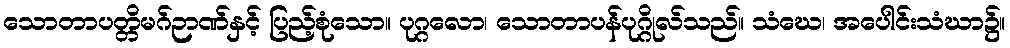
သောတာပတ္တိမဂ်ဉာဏ်နှင့် ပြည့်စုံသော။ ပုဂ္ဂလော၊ သောတာပန်ပုဂ္ဂိုလ်သည်။ သံဃေ၊ အပေါင်းသံဃာ၌။